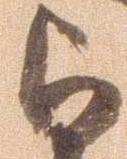
与